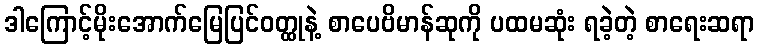
ဒါကြောင့်မိုးအောက်မြေပြင်ဝတ္ထုနဲ့ စာပေဗိမာန်ဆုကို ပထမဆုံး ရခဲ့တဲ့ စာရေးဆရာ